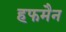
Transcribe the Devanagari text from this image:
हफमैन